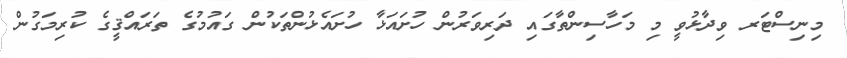
މިނިސްޓަރ ވިދާޅުވީ މި މަހާސިންތާގައި ދަރިވަރުން ހުށައަޅާ ހުށައެޅުންތަކުން ގައުމުގެ ތަރައްޤީގެ ކުރިމަގުން